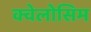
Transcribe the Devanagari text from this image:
क्वेलोसिम